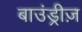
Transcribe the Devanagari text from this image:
बाउंड्रीज़